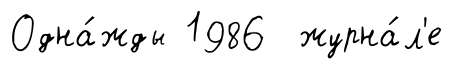
Одна́жды 1986 журна́л'е